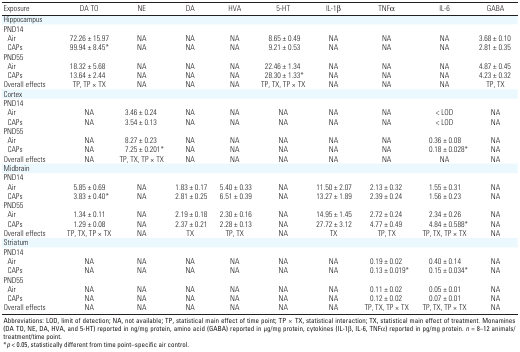
<table><thead><tr><td><b>Exposure</b></td><td><b>DA TO</b></td><td><b>NE</b></td><td><b>DA</b></td><td><b>HVA</b></td><td><b>5-HT</b></td><td><b>IL-1β</b></td><td><b>TNFα</b></td><td><b>IL-6</b></td><td><b>GABA</b></td></tr></thead><tbody><tr><td><b>Hippocampus</b></td></tr><tr><td><b>PND14</b></td></tr><tr><td><b>Air</b></td><td>72.26 ± 15.97</td><td>NA</td><td>NA</td><td>NA</td><td>8.65 ± 0.49</td><td>NA</td><td>NA</td><td>NA</td><td>3.68 ± 0.10</td></tr><tr><td><b>CAPs</b></td><td>99.94 ± 8.45*</td><td>NA</td><td>NA</td><td>NA</td><td>9.21 ± 0.53</td><td>NA</td><td>NA</td><td>NA</td><td>2.81 ± 0.35</td></tr><tr><td><b>PND55</b></td></tr><tr><td><b>Air</b></td><td>18.32 ± 5.68</td><td>NA</td><td>NA</td><td>NA</td><td>22.46 ± 1.34</td><td>NA</td><td>NA</td><td>NA</td><td>4.87 ± 0.45</td></tr><tr><td><b>CAPs</b></td><td>13.64 ± 2.44</td><td>NA</td><td>NA</td><td>NA</td><td>28.30 ± 1.33*</td><td>NA</td><td>NA</td><td>NA</td><td>4.23 ± 0.32</td></tr><tr><td><b>Overall effects</b></td><td>TP, TP × TX</td><td>NA</td><td>NA</td><td>NA</td><td>TP, TX, TP × TX</td><td>NA</td><td>NA</td><td>NA</td><td>TP, TX</td></tr><tr><td><b>Cortex</b></td></tr><tr><td><b>PND14</b></td></tr><tr><td><b>Air</b></td><td>NA</td><td>3.46 ± 0.24</td><td>NA</td><td>NA</td><td>NA</td><td>NA</td><td>NA</td><td>&lt; LOD</td><td>NA</td></tr><tr><td><b>CAPs</b></td><td>NA</td><td>3.54 ± 0.13</td><td>NA</td><td>NA</td><td>NA</td><td>NA</td><td>NA</td><td>&lt; LOD</td><td>NA</td></tr><tr><td><b>PND55</b></td></tr><tr><td><b>Air</b></td><td>NA</td><td>8.27 ± 0.23</td><td>NA</td><td>NA</td><td>NA</td><td>NA</td><td>NA</td><td>0.36 ± 0.08</td><td>NA</td></tr><tr><td><b>CAPs</b></td><td>NA</td><td>7.25 ± 0.201*</td><td>NA</td><td>NA</td><td>NA</td><td>NA</td><td>NA</td><td>0.18 ± 0.028*</td><td>NA</td></tr><tr><td><b>Overall effects</b></td><td>NA</td><td>TP, TX, TP × TX</td><td>NA</td><td>NA</td><td>NA</td><td>NA</td><td>NA</td><td>NA</td><td>NA</td></tr><tr><td><b>Midbrain</b></td></tr><tr><td><b>PND14</b></td></tr><tr><td><b>Air</b></td><td>5.85 ± 0.69</td><td>NA</td><td>1.83 ± 0.17</td><td>5.40 ± 0.33</td><td>NA</td><td>11.50 ± 2.07</td><td>2.13 ± 0.32</td><td>1.55 ± 0.31</td><td>NA</td></tr><tr><td><b>CAPs</b></td><td>3.83 ± 0.40*</td><td>NA</td><td>2.81 ± 0.25</td><td>6.51 ± 0.39</td><td>NA</td><td>13.27 ± 1.89</td><td>2.39 ± 0.24</td><td>1.56 ± 0.23</td><td>NA</td></tr><tr><td><b>PND55</b></td></tr><tr><td><b>Air</b></td><td>1.34 ± 0.11</td><td>NA</td><td>2.19 ± 0.18</td><td>2.30 ± 0.16</td><td>NA</td><td>14.95 ± 1.45</td><td>2.72 ± 0.24</td><td>2.34 ± 0.26</td><td>NA</td></tr><tr><td><b>CAPs</b></td><td>1.29 ± 0.08</td><td>NA</td><td>2.37 ± 0.21</td><td>2.28 ± 0.13</td><td>NA</td><td>27.72 ± 3.12</td><td>4.77 ± 0.49</td><td>4.84 ± 0.588*</td><td>NA</td></tr><tr><td><b>Overall effects</b></td><td>TP, TX, TP × TX</td><td>NA</td><td>TX</td><td>TP, TX</td><td>NA</td><td>TX</td><td>TP, TX</td><td>TP, TX, TP × TX</td><td>NA</td></tr><tr><td><b>Striatum</b></td></tr><tr><td><b>PND14</b></td></tr><tr><td><b>Air</b></td><td>NA</td><td>NA</td><td>NA</td><td>NA</td><td>NA</td><td>NA</td><td>0.19 ± 0.02</td><td>0.40 ± 0.14</td><td>NA</td></tr><tr><td><b>CAPs</b></td><td>NA</td><td>NA</td><td>NA</td><td>NA</td><td>NA</td><td>NA</td><td>0.13 ± 0.019*</td><td>0.15 ± 0.034*</td><td>NA</td></tr><tr><td><b>PND55</b></td></tr><tr><td><b>Air</b></td><td>NA</td><td>NA</td><td>NA</td><td>NA</td><td>NA</td><td>NA</td><td>0.11 ± 0.02</td><td>0.05 ± 0.01</td><td>NA</td></tr><tr><td><b>CAPs</b></td><td>NA</td><td>NA</td><td>NA</td><td>NA</td><td>NA</td><td>NA</td><td>0.12 ± 0.02</td><td>0.07 ± 0.01</td><td>NA</td></tr><tr><td><b>Overall effects</b></td><td>NA</td><td>NA</td><td>NA</td><td>NA</td><td>NA</td><td>NA</td><td>TP, TX, TP × TX</td><td>TP, TX, TP × TX</td><td>NA</td></tr><tr><td colspan="10">Abbreviations: LOD, limit of detection; NA, not available; TP, statistical main effect of time point; TP × TX, statistical interaction; TX, statistical main effect of treatment. Monamines (DA TO, NE, DA, HVA, and 5-HT) reported in ng/mg protein, amino acid (GABA) reported in μg/mg protein, cytokines (IL-1β, IL-6, TNFα) reported in pg/mg protein. <i>n</i> = 8–12 animals/treatment/time point. *<i>p</i> &lt; 0.05, statistically different from time point–specific air control. </td></tr></tbody></table>